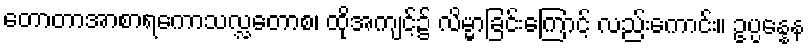
တောတာအာစာရကောသလ္လတောစ၊ ထိုအကျင့်၌ လိမ္မာခြင်းကြောင့် လည်းကောင်း။ ဥပ္ပန္နေန